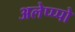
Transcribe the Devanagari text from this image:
अलेप्प्पो